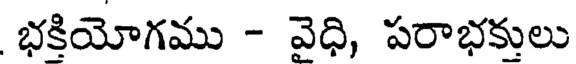
భక్తియోగము - వైధి, పరాభక్తులు